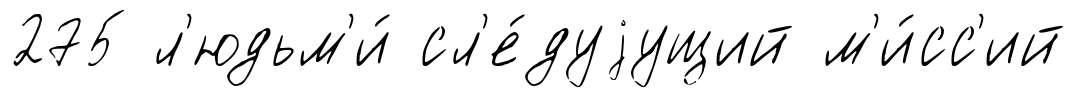
275 л'юдьм'и́ сл'е́дуjущий м'и́сс'ий